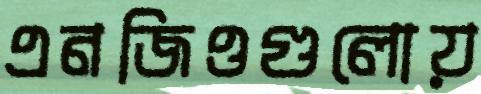
এনজিওগুলোয়